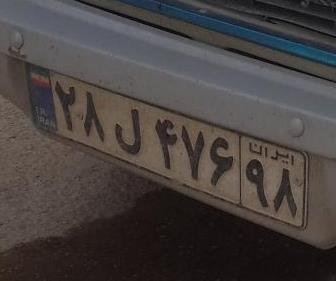
۲۸ل۴۷۶۹۸